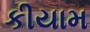
કીયામ